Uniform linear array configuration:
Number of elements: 16
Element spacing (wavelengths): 0.5
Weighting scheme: blackman
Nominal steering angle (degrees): -45
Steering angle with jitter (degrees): -46.466
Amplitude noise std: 0.05
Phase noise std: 0.05

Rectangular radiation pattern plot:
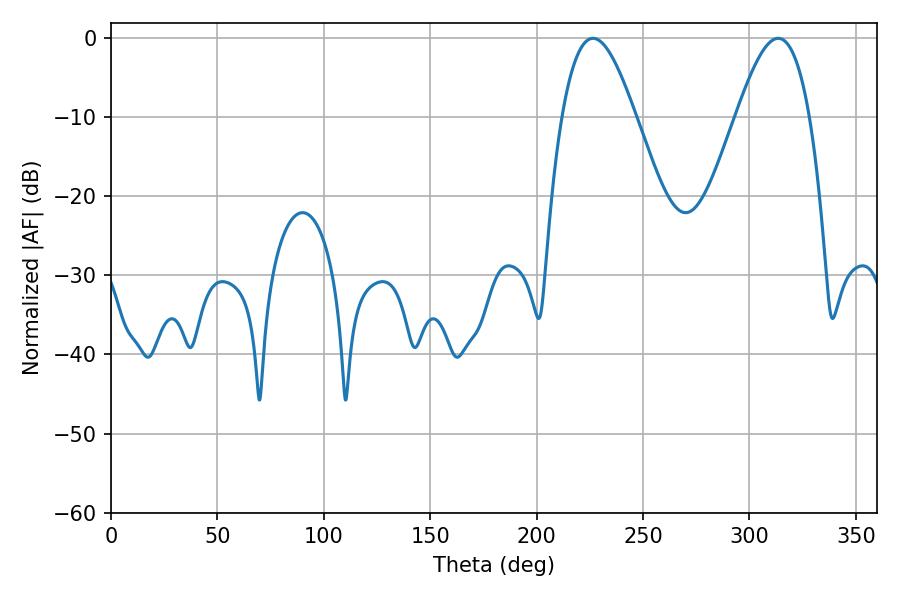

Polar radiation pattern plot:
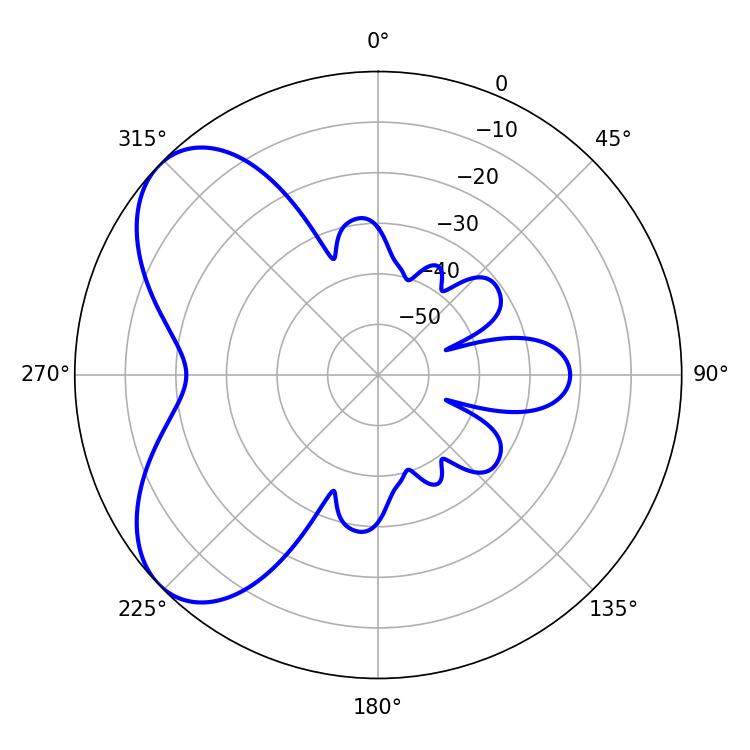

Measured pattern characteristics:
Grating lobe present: FALSE
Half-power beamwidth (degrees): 18.72
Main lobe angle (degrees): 226.44